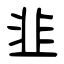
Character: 韭